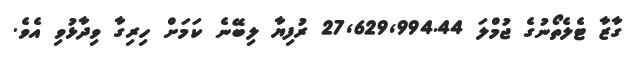
ގާޒާ ޓެލެތޯނުގެ ޖުމްލަ 27